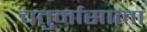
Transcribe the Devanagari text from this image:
चतुर्मासाला